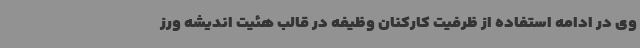
وی در ادامه استفاده از ظرفیت کارکنان وظیفه در قالب هئیت اندیشه ورز